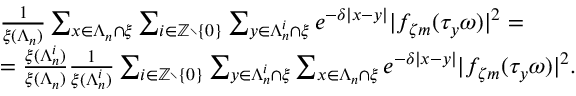
\begin{array} { r l } & { \frac { 1 } { \xi ( \Lambda _ { n } ) } \sum _ { x \in \Lambda _ { n } \cap \xi } \sum _ { i \in { \ensuremath { \mathbb Z } } \setminus \{ 0 \} } \sum _ { y \in \Lambda _ { n } ^ { i } \cap \xi } e ^ { - \delta | x - y | } | f _ { \zeta m } ( \tau _ { y } \omega ) | ^ { 2 } = } \\ & { = \frac { \xi ( \Lambda _ { n } ^ { i } ) } { \xi ( \Lambda _ { n } ) } \frac { 1 } { \xi ( \Lambda _ { n } ^ { i } ) } \sum _ { i \in { \ensuremath { \mathbb Z } } \setminus \{ 0 \} } \sum _ { y \in \Lambda _ { n } ^ { i } \cap \xi } \sum _ { x \in \Lambda _ { n } \cap \xi } e ^ { - \delta | x - y | } | f _ { \zeta m } ( \tau _ { y } \omega ) | ^ { 2 } . } \end{array}